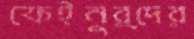
ফেইনুর্দের